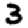
Digit: 3